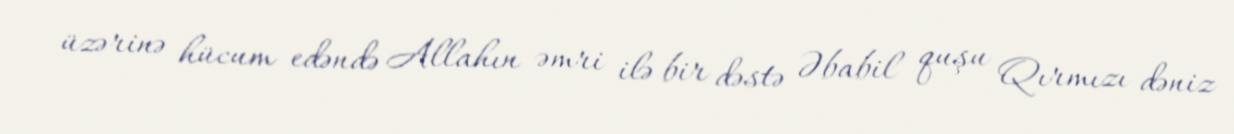
üzərinə hücum edəndə Allahın əmri ilə bir dəstə Əbabil quşu Qırmızı dəniz